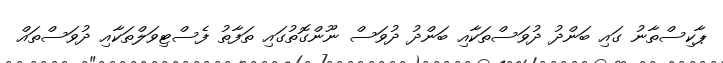
ޕާކިސްތާނު ގައި ބަންދު ދުވަސްތަކާއި ބަންދު ދުވަސް ނޫންގޮތުގައި ތަފާތު ފެސްޓިވަލްތަކާއި ދުވަސްތައް